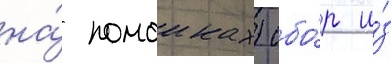
на́ помоиках) сбо́р и́з